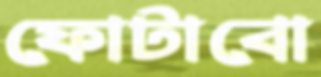
ফোটাবো